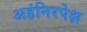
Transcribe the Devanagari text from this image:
अहंनिरपेक्ष